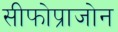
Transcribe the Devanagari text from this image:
सीफोप्राजोन